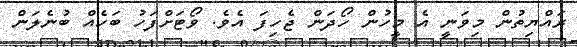
ރައްޔިތުން މިވަނީ އެ މީހުން ހޯދަން ޖެހިފަ އެވެ. ވޯޓަށްފަހު ބަހެއް ބުނެލަން